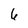
Character: 6